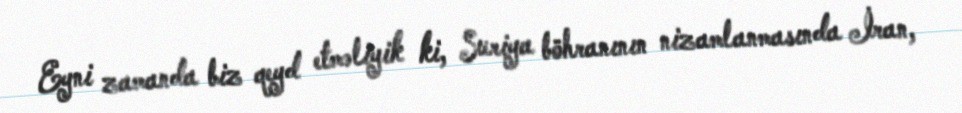
Eyni zamanda biz qeyd etməliyik ki, Suriya böhranının nizamlanmasında İran,